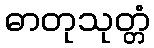
ဓာတုသုတ္တံ